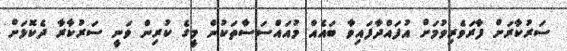
ސަރުކާރަށް ފާރަވެރިވުމަށް އުފައްދާފައިވާ ބައެއް މުއައްސަސާތަކުން މީގެ ކުރިން ވަނީ ސަރުކާރާ ދެކޮޅަށް